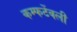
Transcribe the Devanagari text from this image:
कम्फर्टेबली